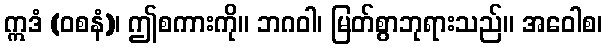
ဣဒံ (ဝစနံ)၊ ဤစကားကို။ ဘဂဝါ၊ မြတ်စွာဘုရားသည်။ အဝေါစ၊